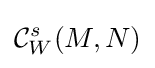
{\mathcal {C}}_{W}^{s}(M,N)